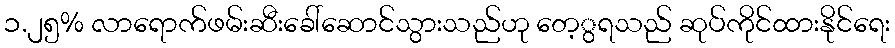
၁.၂၅% လာရောက်ဖမ်းဆီးခေါ်ဆောင်သွားသည်ဟု တေ့ွရသည် ဆုပ်ကိုင်ထားနိုင်ရေး